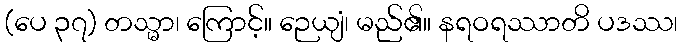
(ပေ ၃၇) တသ္မာ၊ ကြောင့်။ ဉေယျံ၊ မည်၏။ နရဝရဿာတိ ပဒဿ၊